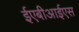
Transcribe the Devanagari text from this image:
ईएबीआईएस